Investigations on Bengal jail dietaries - Number 37
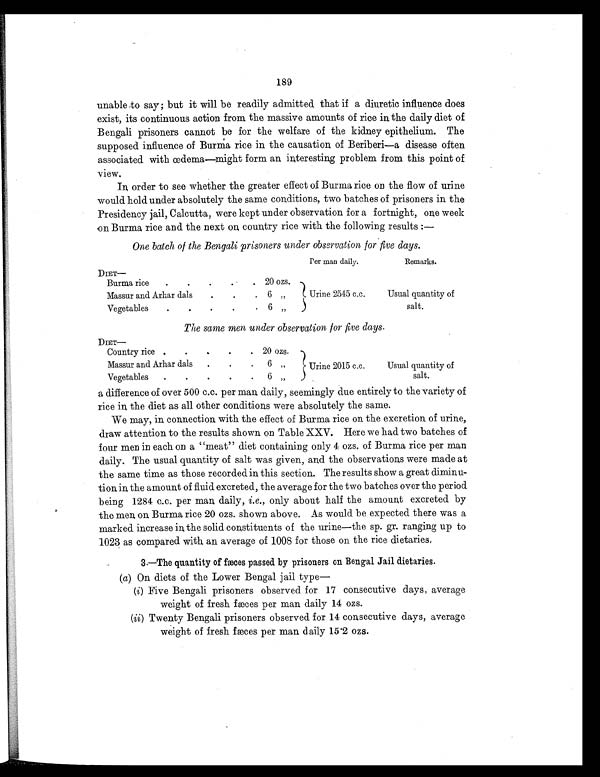
189
unable to say; but it will be readily admitted that if a diuretic influence does
exist, its continuous action from the massive amounts of rice in the daily diet of
Bengali prisoners cannot be for the welfare of the kidney epithelium. The
supposed influence of Burma rice in the causation of Beriberi—a disease often
associated with œdema—might form an interesting problem from this point of
view.
In order to see whether the greater effect of Burma rice on the flow of urine
would hold under absolutely the same conditions, two batches of prisoners in the
Presidency jail, Calcutta, were kept under observation for a fortnight, one week
on Burma rice and the next on country rice with the following results :—
One batch of the Bengali prisoners under observation for five days.
Per man daily.
Remarks.
D I E T —
Burma rice
. .
.
. . 20 ozs.
Urine 2545 c.c.
Usual quantity of
salt.
Massur and Arhar dals
.
.
. 6 „
Vegetables
.
.
.
.
. 6 „
The same men under observation for five days.
DI E T —
Country rice .
.
.
. . 20 ozs.
Urine 2015 c.c.
Usual quantity of
salt.
Massur and Arhar dals
.
. . 6 „
Vegetables
. .
.
. .
6 „
a difference of over 500 c.c. per man daily, seemingly due entirely to the variety of
rice in the diet as all other conditions were absolutely the same.
We may, in connection with the effect of Burma rice on the excretion of urine,
draw attention to the results shown on Table XXV. Here we had two batches of
four men in each on a "meat" diet containing only 4 ozs. of Burma rice per man
daily. The usual quantity of salt was given, and the observations were made at
the same time as those recorded in this section. The results show a great diminu-
tion in the amount of fluid excreted, the average for the two batches over the period
being 1284 c.c. per man daily, i.e., only about half the amount excreted by
the men on Burma rice 20 ozs. shown above. As would be expected there was a
marked increase in the solid constituents of the urine—the sp. gr. ranging up to
1023 as compared with an average of 1008 for those on the rice dietaries.
3.—The quantity of fæces passed by prisoners on Bengal Jail dietaries.
(a) On diets of the Lower Bengal jail type
—
(i) Five Bengali prisoners observed for 17 consecutive days, average
weight of fresh fæces per man daily 14 ozs.
(ii) Twenty Bengali prisoners observed for 14 consecutive days, average
weight of fresh fæces per man daily 15.2 ozs.